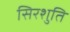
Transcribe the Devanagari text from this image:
सिरशुति